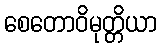
စေတောဝိမုတ္တိယာ